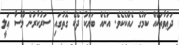
ދަޢުވާތަކެއް ކަމުގެ ހެއްކެކެވެ. އަނެއް ބަޔަކު ދެކޭ ގޮތުގައި ސަރުކާރުން މޫސާ ޢަލީ